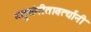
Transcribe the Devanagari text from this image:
य्तुसंगीतावर्त्यांनी